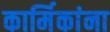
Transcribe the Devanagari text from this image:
कार्मिकांना